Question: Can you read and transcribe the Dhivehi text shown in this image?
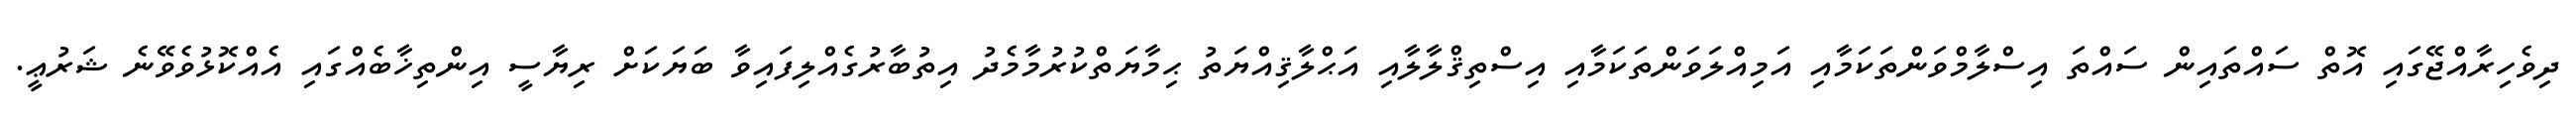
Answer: ދިވެހިރާއްޖޭގައި އޮތް ސައްތައިން ސައްތަ އިސްލާމްވަންތަކަމާއި އަމިއްލަވަންތަކަމާއި އިސްތިޤްލާލާއި އަޙްލާޤިއްޔަތު ޙިމާޔަތްކުރުމާމެދު އިތުބާރުގެއްލިފައިވާ ބަޔަކަށް ރިޔާސީ އިންތިޚާބެއްގައި އެއްކޮޅުވެވޭނެ ޝަރުޢީ.